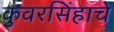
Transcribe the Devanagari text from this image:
कुंवरसिंहाचे